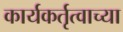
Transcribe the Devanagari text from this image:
कार्यकर्तृत्वाच्या